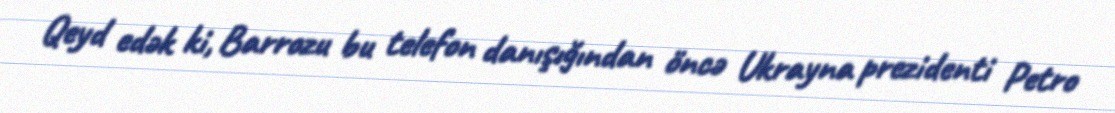
Qeyd edək ki, Barrozu bu telefon danışığından öncə Ukrayna prezidenti Petro